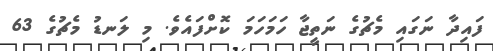
ފައިދާ ނަގައި މެޗުގެ ނަތީޖާ ހަމަހަމަ ކޮށްފައެވެ. މި ލަނޑު މެޗުގެ 63